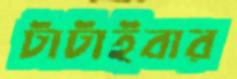
টাটাইবার